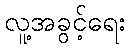
လူ့အခွင့်ရေး